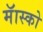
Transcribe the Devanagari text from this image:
मॅास्को